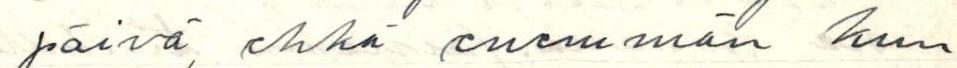
päivä, ehkä enemmän kun